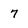
Character: 7